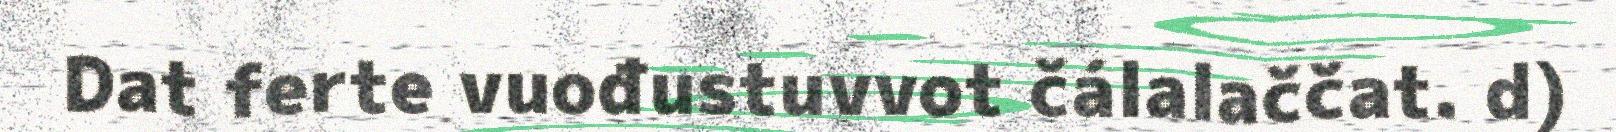
Dat ferte vuođustuvvot čálalaččat. d)